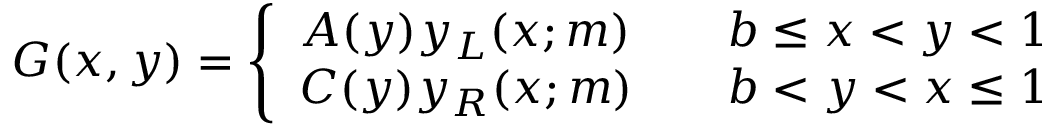
\begin{array} { r } { G ( x , y ) = \left\{ \begin{array} { l l } { A ( y ) y _ { L } ( x ; m ) } & { \quad b \leq x < y < 1 } \\ { C ( y ) y _ { R } ( x ; m ) } & { \quad b < y < x \leq 1 } \end{array} \right. } \end{array}